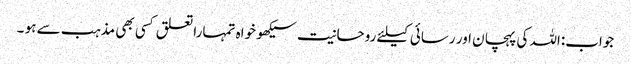
جواب:اللہ کی پہچان اور رسائی کیلئے روحانیت سیکھو خواہ تمہارا تعلق کسی بھی مذہب سے ہو ۔